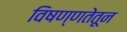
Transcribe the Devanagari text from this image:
विषण्णतेतून